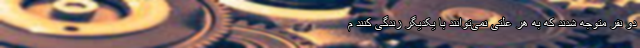
دو نفر متوجه شدند که به هر علتی نمی‌توانند با یکدیگر زندگی کنند م